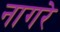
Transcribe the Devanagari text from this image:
नागरे